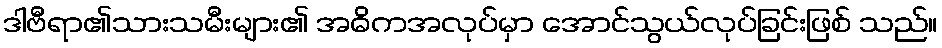
ဒါဗီရာ၏သားသမီးများ၏ အဓိကအလုပ်မှာ အောင်သွယ်လုပ်ခြင်းဖြစ် သည်။